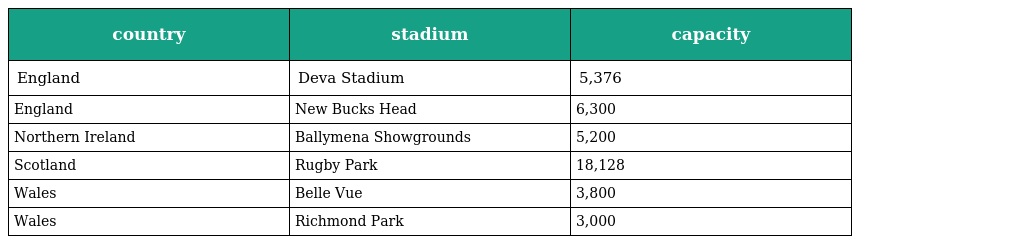
| country | stadium | capacity |
 | --- | --- | --- |
 | England | Deva Stadium | 5,376 |
 | England | New Bucks Head | 6,300 |
 | Northern Ireland | Ballymena Showgrounds | 5,200 |
 | Scotland | Rugby Park | 18,128 |
 | Wales | Belle Vue | 3,800 |
 | Wales | Richmond Park | 3,000 |